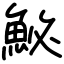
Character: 鮅